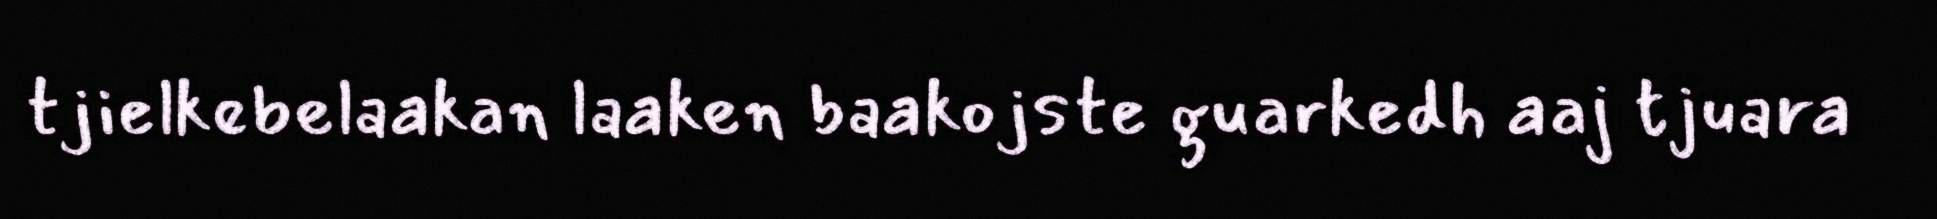
tjielkebelaakan laaken baakojste guarkedh aaj tjuara